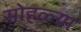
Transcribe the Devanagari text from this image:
सोहळ्या